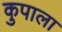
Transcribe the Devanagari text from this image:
कुपाला